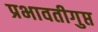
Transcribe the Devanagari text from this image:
प्रभावतीगुप्त